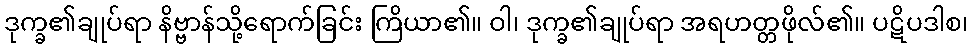
ဒုက္ခ၏ချုပ်ရာ နိဗ္ဗာန်သို့ရောက်ခြင်း ကြိယာ၏။ ဝါ၊ ဒုက္ခ၏ချုပ်ရာ အရဟတ္တဖိုလ်၏။ ပဋိပဒါစ၊